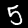
Digit: 5